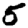
Digit: 5